Madras plague regulations in force outside the Presidency town - Volume 1
Disease focus: Plague
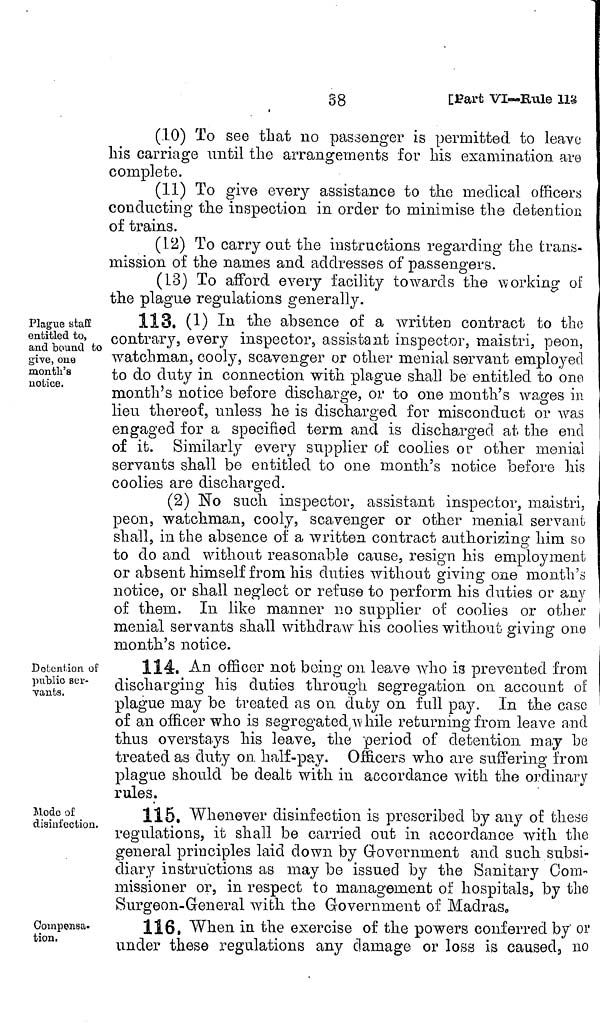
58
[Part VI—Rule 118
(10) To see that no passenger is permitted to leave
his carriage until the arrangements for his examination are
complete.
(11) To give every assistance to the medical officers
conducting the inspection in order to minimise the detention
of trains.
(12) To carry out the instructions regarding the trans-
mission of the names and addresses of passengers.
(13) To afford every facility towards the working of
the plague regulations generally.
Plague staff
entitled to,
and bound to
give, one
month's
notice.
113. (1) In the absence of a written contract to the
contrary, every inspector, assistant inspector, maistri, peon,
watchman, cooly, scavenger or other menial servant employed
to do duty in connection with plague shall be entitled to one
month's notice before discharge, or to one month's wages in
lieu thereof, unless he is discharged for misconduct or was
engaged for a specified term and is discharged at the end
of it. Similarly every supplier of coolies or other menial
servants shall be entitled to one month's notice before his
coolies are discharged.
(2) No such inspector, assistant inspector, maistri,
peon, watchman, cooly, scavenger or other menial servant
shall, in the absence of a written contract authorizing him so
to do and without reasonable cause, resign his employment
or absent himself from his duties without giving one month's
notice, or shall neglect or refuse to perform his duties or any
of them. In like manner no supplier of coolies or other
menial servants shall withdraw his coolies without giving one
month's notice.
Detention of
public ser-
vants.
114. An officer not being on leave who is prevented from
discharging his duties through segregation 011 account of
plague may be treated as on duty on full pay. In the case
of an officer who is segregated While returning from leave and
thus overstays his leave, the period of detention may be
treated as duty on half-pay. Officers who are suffering from
plague should be dealt with in accordance with the ordinary
rules.
Mode of
disinfection.
115. Whenever disinfection is prescribed by any of these
regulations, it shall be carried out in accordance with the
general principles laid down by Government and such subsi-
diaryinstructions as may be issued by the Sanitary Com-
missioner or, in respect to management of hospitals, by the
Surgeon-General with the Government of Madras,
Compensa-
tion.
116, When in the exercise of the powers conferred by' or
under these regulations any damage or loss is caused, no